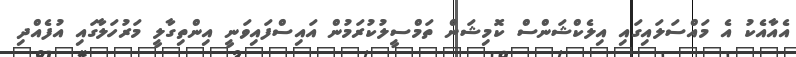
އެއާއެކު އެ މައްސަލައިގައި އިލެކްޝަންސް ކޮމިޝަން ތަމްސީލުކުރަމުން އައިސްފައިވަނީ އިންތިގާލީ މަރުހަލާގައި އުފެއްދި